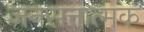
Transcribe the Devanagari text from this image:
जनसत्तात्मक